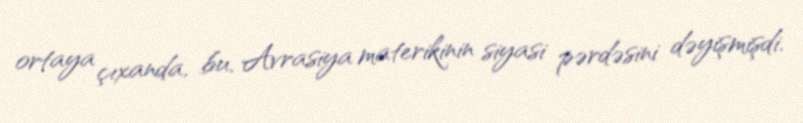
ortaya çıxanda, bu, Avrasiya materikinin siyasi pərdəsini dəyişmişdi.